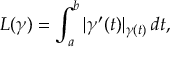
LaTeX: L ( \gamma ) = \int _ { a } ^ { b } | \gamma ^ { \prime } ( t ) | _ { \gamma ( t ) } \, d t ,